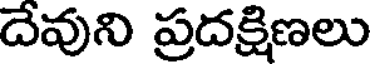
దేవుని ప్రదక్షిణలు